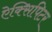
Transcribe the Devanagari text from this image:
ऐक्सिपिटर